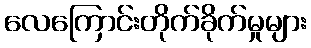
လေကြောင်းတိုက်ခိုက်မှုများ